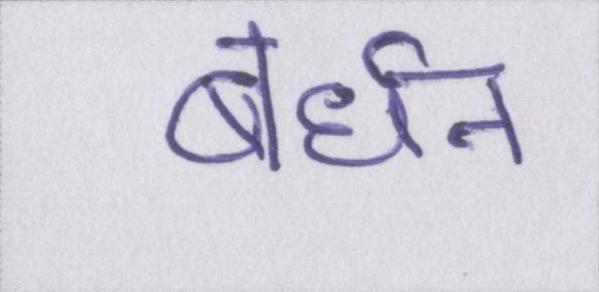
बर्धन